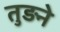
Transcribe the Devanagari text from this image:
तुड़ने